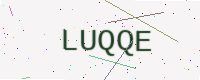
Text: LUQQE